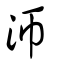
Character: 沞